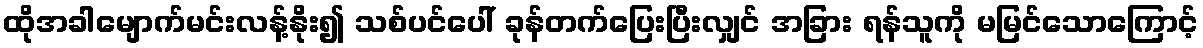
ထိုအခါမျောက်မင်းလန့်နိုး၍ သစ်ပင်ပေါ် ခုန်တက်ပြေးပြီးလျှင် အခြား ရန်သူကို မမြင်သောကြောင့်